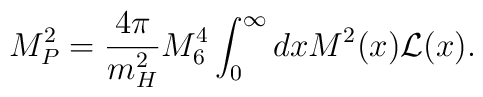
M_{P}^2 = \frac{4 \pi}{m_{H}^2} M^4_{6} \int_{0}^{\infty} dx M^2(x) {\cal L}(x).